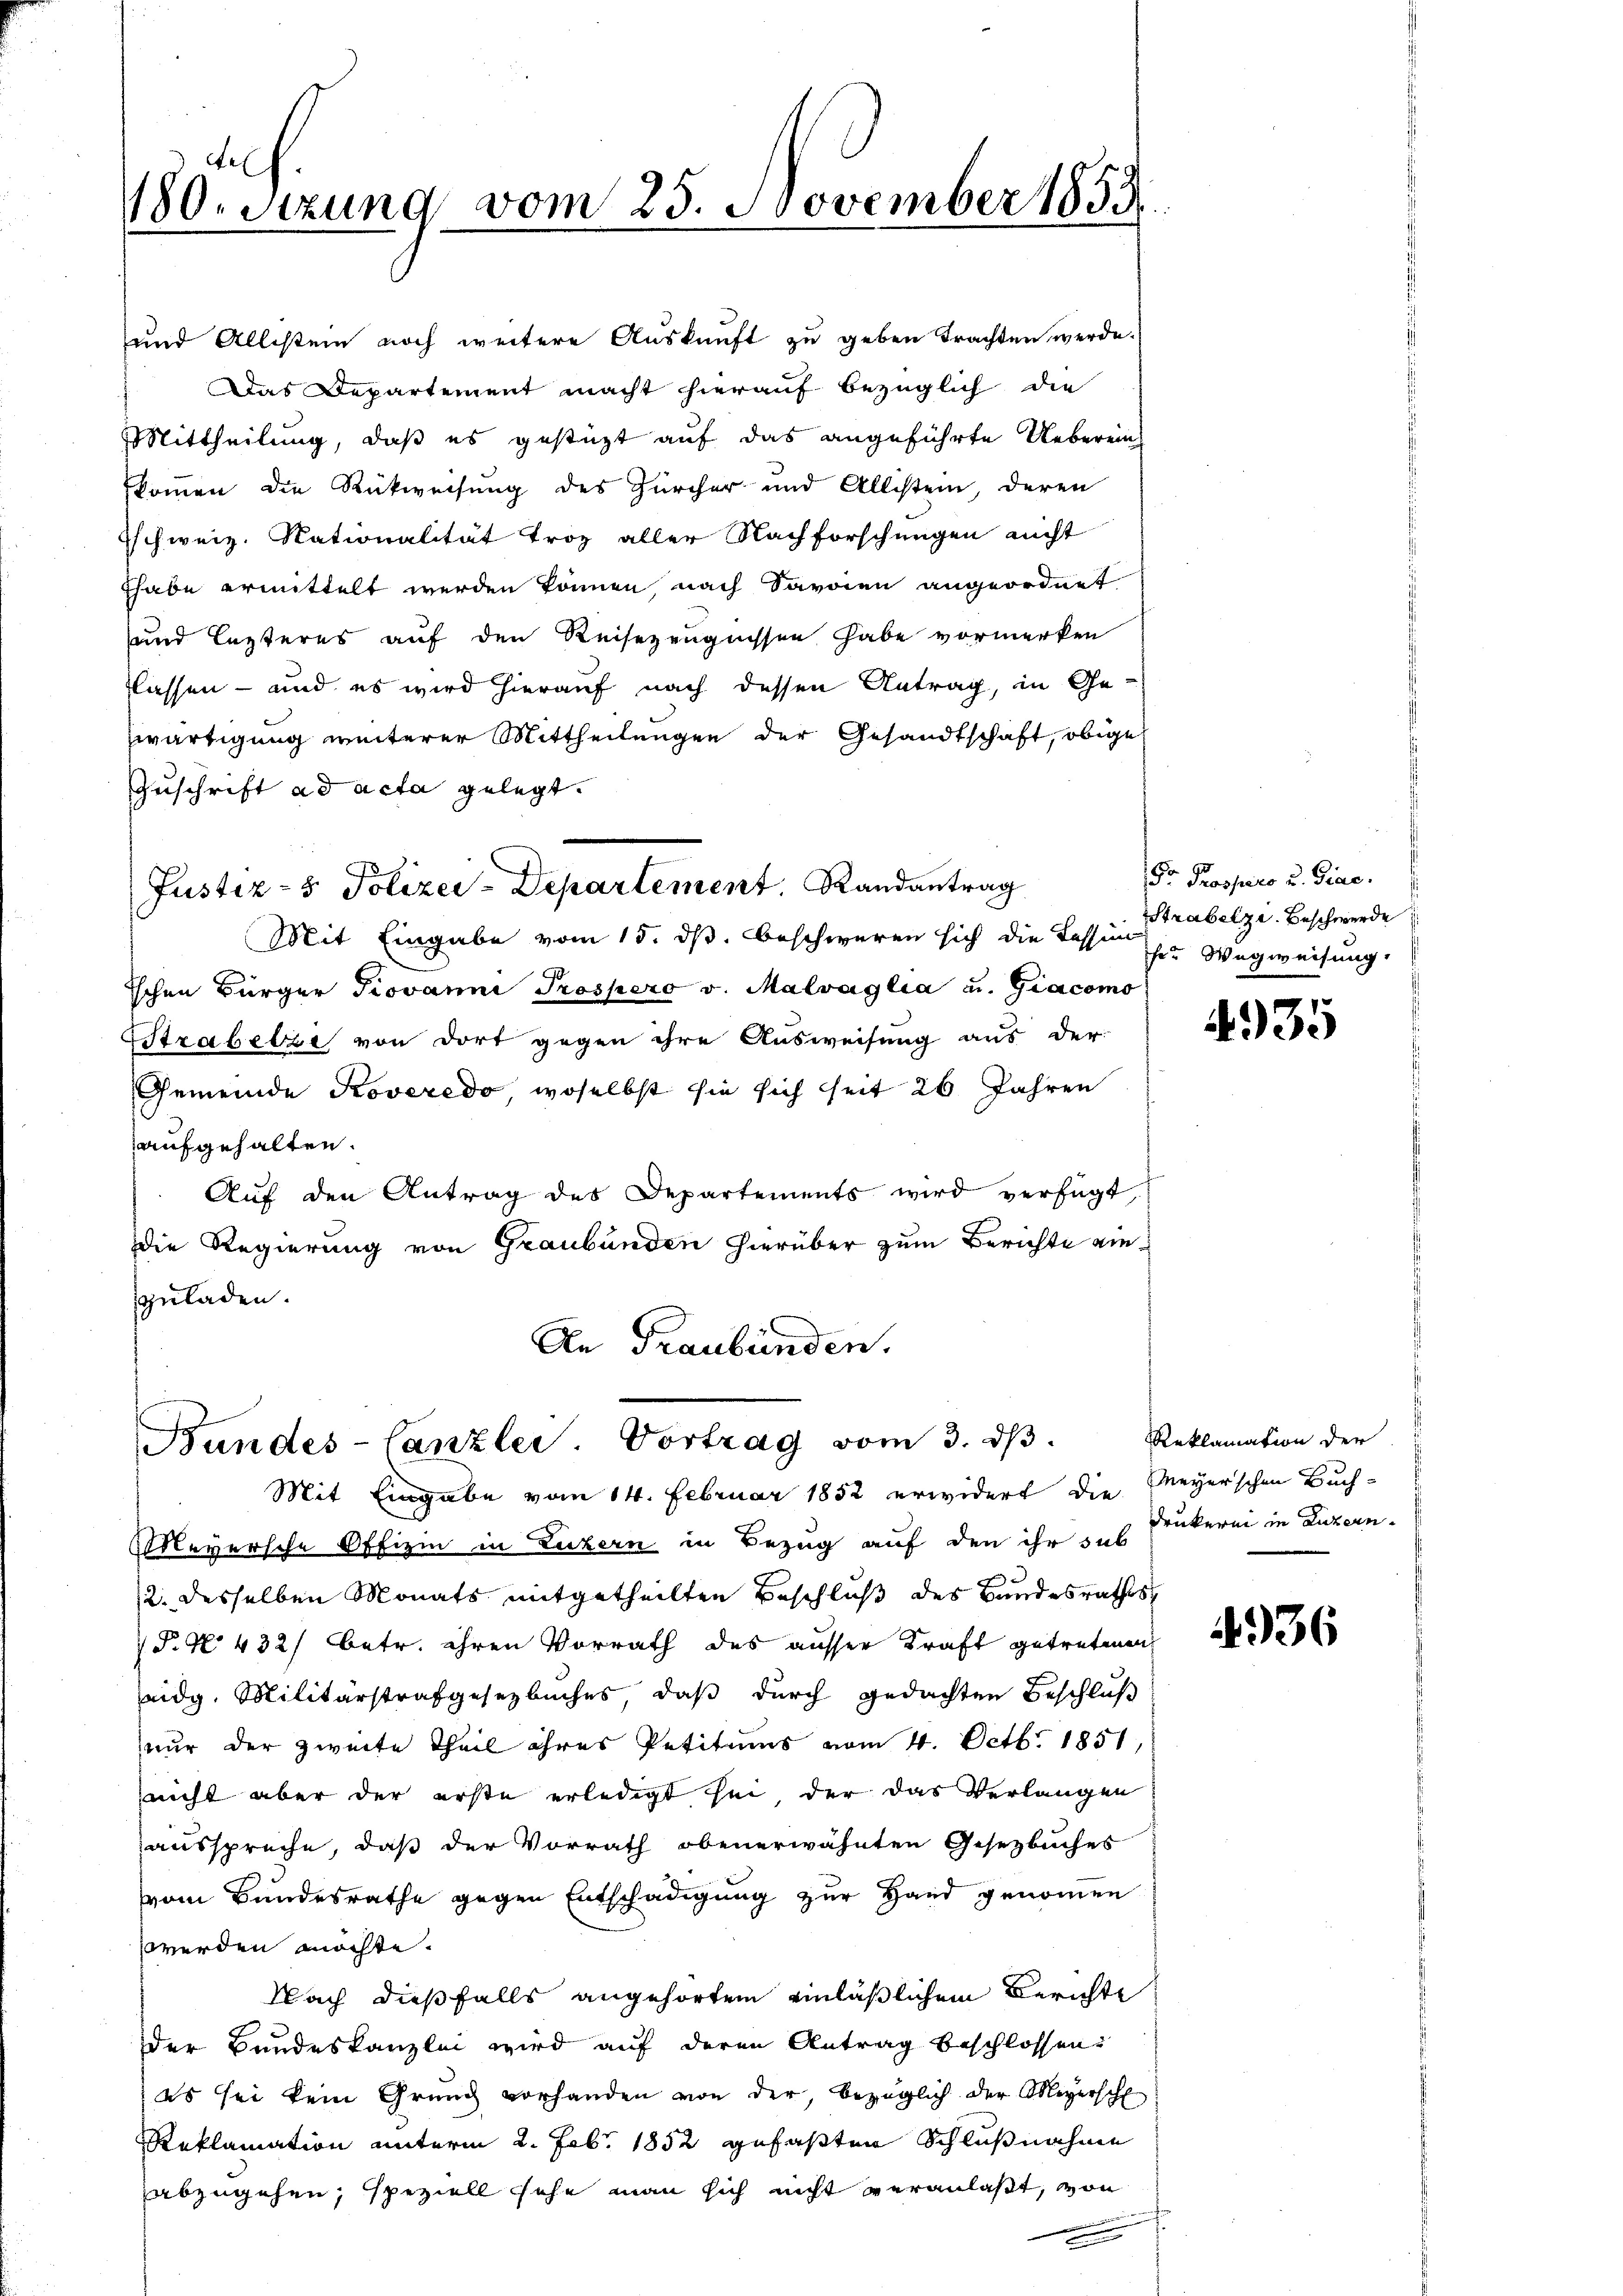
180. Sitzung vom 25. November 1853

und Allestein noch weitere Auskunft zu geben trachten werde.
Das Departement macht hierauf bezüglich die
Mittheilung, daß es gestüzt auf das angeführte Ueberein
kommen die Rückweisung des Zürcher und Allistein, deren
Ischweiz. Nationalität troz aller Nachforschungen nicht
Thabe ermittelt werden können nach Savoien angeordnet
und lezteres auf den Reisezeugnissen habe vormerken
Klassen – und es wird hierauf nach dessen Antrag, in Gezwärtigung weiterer Mittheilungen der Gesandtschaft, obige
Zuschrift ad acta gelegt.
Justiz- & Polizei-Departement. Randantrag
Mit Eingabe vom 15. ds. beschweren sich die Tessin sr Wegweisung
Ichen Bürger Piovanni Prospero v. Malvaglia u. Giacomo
Strabelle von dort gegen ihre Ausweisung aus der
Gemeinde Koveredo, woselbst sie sich seit 26 Jahren
aufgehalten.
Aŭf den Antrag des Departements wird verfügt
Die Regierung von Graubünden hierüber zum Berichte viezuladen.
An Graubünden.

Bundes-Canzlei. Vortrag vom 3. dβ.

Fr Prospico u. Fiae.
Strabelze. Beschwerde

Mit Eingabe vom 14. Februar 1852 erwidert die Meyerschen Buch-
Meversche Offizin in Luzern in Bezug auf den ihr sub
2. desselben Monats mitgetheilten Beschluß des Bundesrathes
 P. N. 432/ betr. ihren Vorrath des ausser Kraft getretene
eidg. Militärstrafgesetzbuches, daß durch gedachten Beschluß
nur der zweite Theil ihres Petitums vom 4. Octb. 1851,
nicht aber der erste erledigt sei der das Verlangen
ausspreche, daß der Vorrath obenerwähnten Gesetzbuches
vom Bundesrathe gegen Entschädigung zur Hand genommen
werden möchte.
Nach dießfalls angehörtem einläßlichem Berichte
der Bundeskanzlei wird auf deren Antrag beschlossen.
es sei kein Grund vorhanden von der, bezüglich der Meyerschl
Reklamation unterm 2. Febr. 1852 gefaßten Schlußnahme
abzugehen, speziell sehe man sich nicht veranlaßt, von

4935

Reklamation der
Drukerei in Luzern.

336